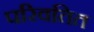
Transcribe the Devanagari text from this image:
परिवतित